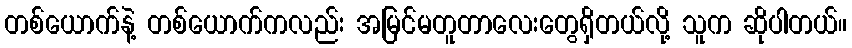
တစ်ယောက်နဲ့ တစ်ယောက်ကလည်း အမြင်မတူတာလေးတွေရှိတယ်လို့ သူက ဆိုပါတယ်။